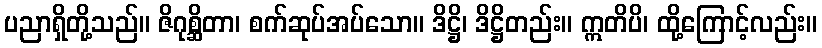
ပညာရှိတို့သည်။ ဇိဂုစ္ဆိတာ၊ စက်ဆုပ်အပ်သော။ ဒိဋ္ဌိ၊ ဒိဋ္ဌိတည်း။ ဣတိပိ၊ ထို့ကြောင့်လည်း။